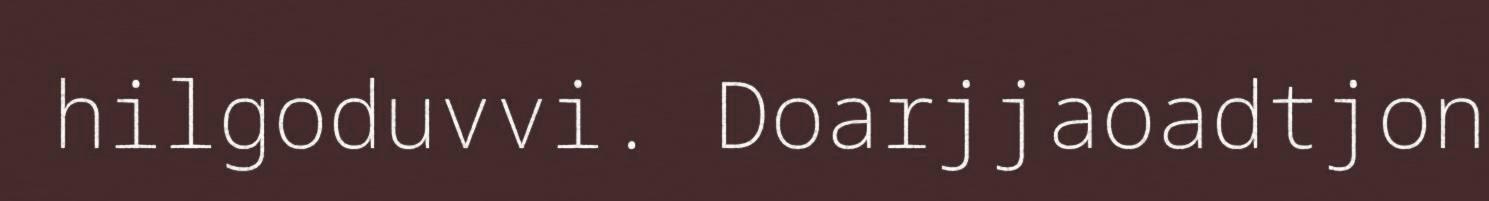
hilgoduvvi. Doarjjaoadtjon